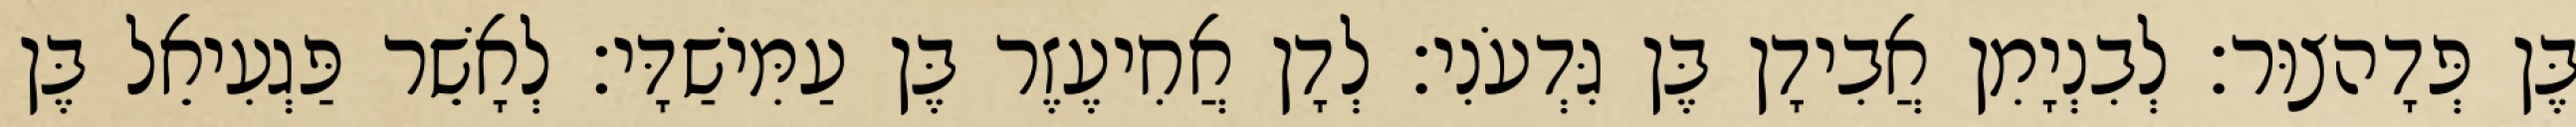
בֶּן פְּדָהצוּר׃ לְבִנְיָמִן אֲבִידָן בֶּן גִּדְעֹנִי׃ לְדָן אֲחִיעֶזֶר בֶּן עַמִּישַׁדָּי׃ לְאָשֵׁר פַּגְעִיאֵל בֶּן